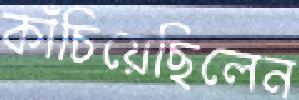
কাঁচিয়েছিলেন